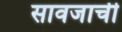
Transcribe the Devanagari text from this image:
सावजाची